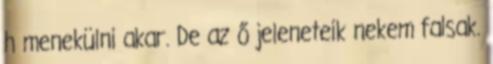
h menekülni akar. De az ő jeleneteik nekem falsak.